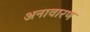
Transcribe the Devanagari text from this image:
अनावारण